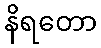
နိရတော